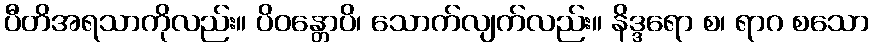
ပီတိအရသာကိုလည်း။ ပိဝန္တောပိ၊ သောက်လျက်လည်း။ နိဒ္ဒရော စ၊ ရာဂ စသော